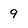
Character: 9